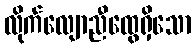
လိုက်လျောညီထွေရှိသော